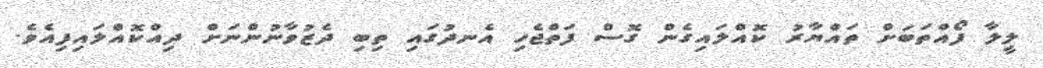
ލީލާ ފޯއްތަބަށް ތައްޔާރު ކޮއްލައިގެން ގޮސް ފަތްޖެހި އެނދުގައި ތިބި ދެޒުވާނުންނަށް ދިއްކޮއްލައިފިއެވެ.